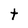
Character: t